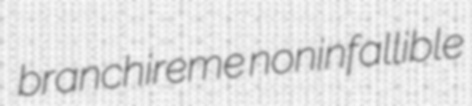
branchireme noninfallible